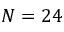
N = 2 4